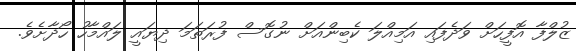
ޒުލްފާ އޮފީހަށް ވަދެފައި އަމިއްލަ ކެބިންއަށް ނުގޮސް ފުރަތަމަ ދިޔައީ ލައްމާހު ހޯދާށެވެ.